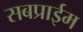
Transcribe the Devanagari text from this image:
सबप्राईम